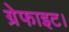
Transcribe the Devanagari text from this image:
ग्रेफाइट।